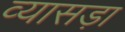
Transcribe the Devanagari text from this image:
व्यासड़ा